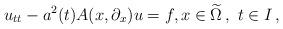
LaTeX: \begin{align*}u_{tt}- a^2(t) A(x,\partial_x) u =f, x \in \widetilde{\Omega} \,, \,\, t \in I\,,\end{align*}